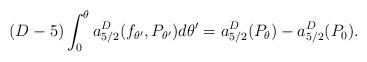
LaTeX: \begin{align*}(D-5) \int_0^\theta a^{D}_{5/2}(f_{\theta'},P_{\theta'}) d\theta' =a^{D}_{5/2}(P_\theta)-a^{D}_{5/2}(P_0) .\end{align*}